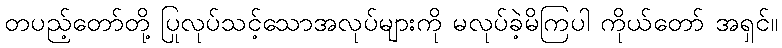
တပည့်တော်တို့ ပြုလုပ်သင့်သောအလုပ်များကို မလုပ်ခဲ့မိကြပါ ကိုယ်တော် အရှင်။